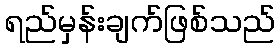
ရည်မှန်းချက်ဖြစ်သည်